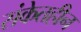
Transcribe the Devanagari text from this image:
संकेतहीन